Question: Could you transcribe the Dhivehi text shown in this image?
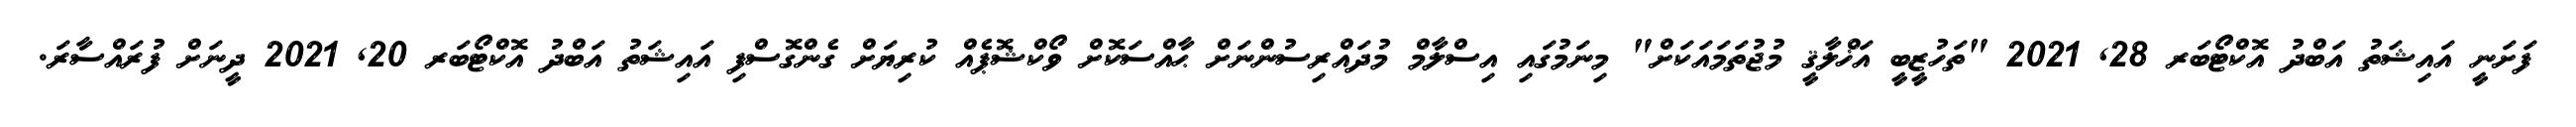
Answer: ފަށަނީ އައިޝަތު އަބްދު އޮކްޓޯބަރ 28, 2021 "ތަހުޒީބީ އަޚްލާޤީ މުޖުތަމައަކަށް" މިނަމުގައި އިސްލާމް މުދައްރިސުންނަށް ޙާއްސަކޮށް ވޯކްޝޮޕެއް ކުރިޔަށް ގެންގޮސްފި އައިޝަތު އަބްދު އޮކްޓޯބަރ 20, 2021 ދީނަށް ފުރައްސާރަ.